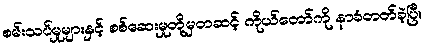
စမ်းသပ်မှုများနှင့် စစ်ဆေးမှုတို့မှတဆင့် ကိုယ်တော်ကို နာခံတတ်ခဲ့ပြီ။